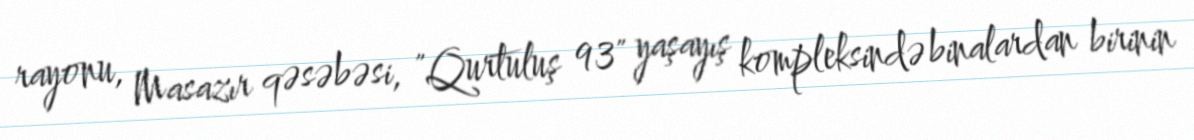
rayonu, Masazır qəsəbəsi, "Qurtuluş 93" yaşayış kompleksində binalardan birinin